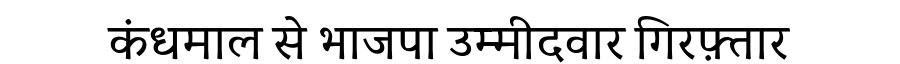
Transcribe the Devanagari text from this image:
कंधमाल से भाजपा उम्मीदवार गिरफ़्तार